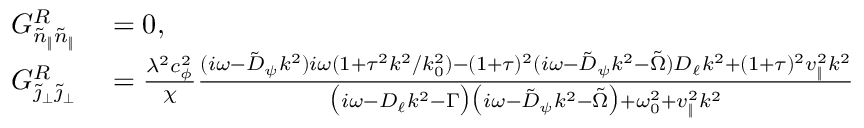
\begin{array} { r l } { G _ { \tilde { n } _ { \| } \tilde { n } _ { \| } } ^ { R } } & { { } = 0 , } \\ { G _ { \tilde { \jmath } _ { \perp } \tilde { \jmath } _ { \perp } } ^ { R } } & { { } = \frac { \lambda ^ { 2 } c _ { \phi } ^ { 2 } } { \chi } \frac { ( i \omega - \tilde { D } _ { \psi } k ^ { 2 } ) i \omega ( 1 + \tau ^ { 2 } k ^ { 2 } / k _ { 0 } ^ { 2 } ) - ( 1 + \tau ) ^ { 2 } ( i \omega - \tilde { D } _ { \psi } k ^ { 2 } - \tilde { \Omega } ) D _ { \ell } k ^ { 2 } + ( 1 + \tau ) ^ { 2 } v _ { \| } ^ { 2 } k ^ { 2 } } { \big ( i \omega - D _ { \ell } k ^ { 2 } - \Gamma \big ) \big ( i \omega - \tilde { D } _ { \psi } k ^ { 2 } - \tilde { \Omega } \big ) + \omega _ { 0 } ^ { 2 } + v _ { \| } ^ { 2 } k ^ { 2 } } } \end{array}